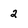
Character: 2